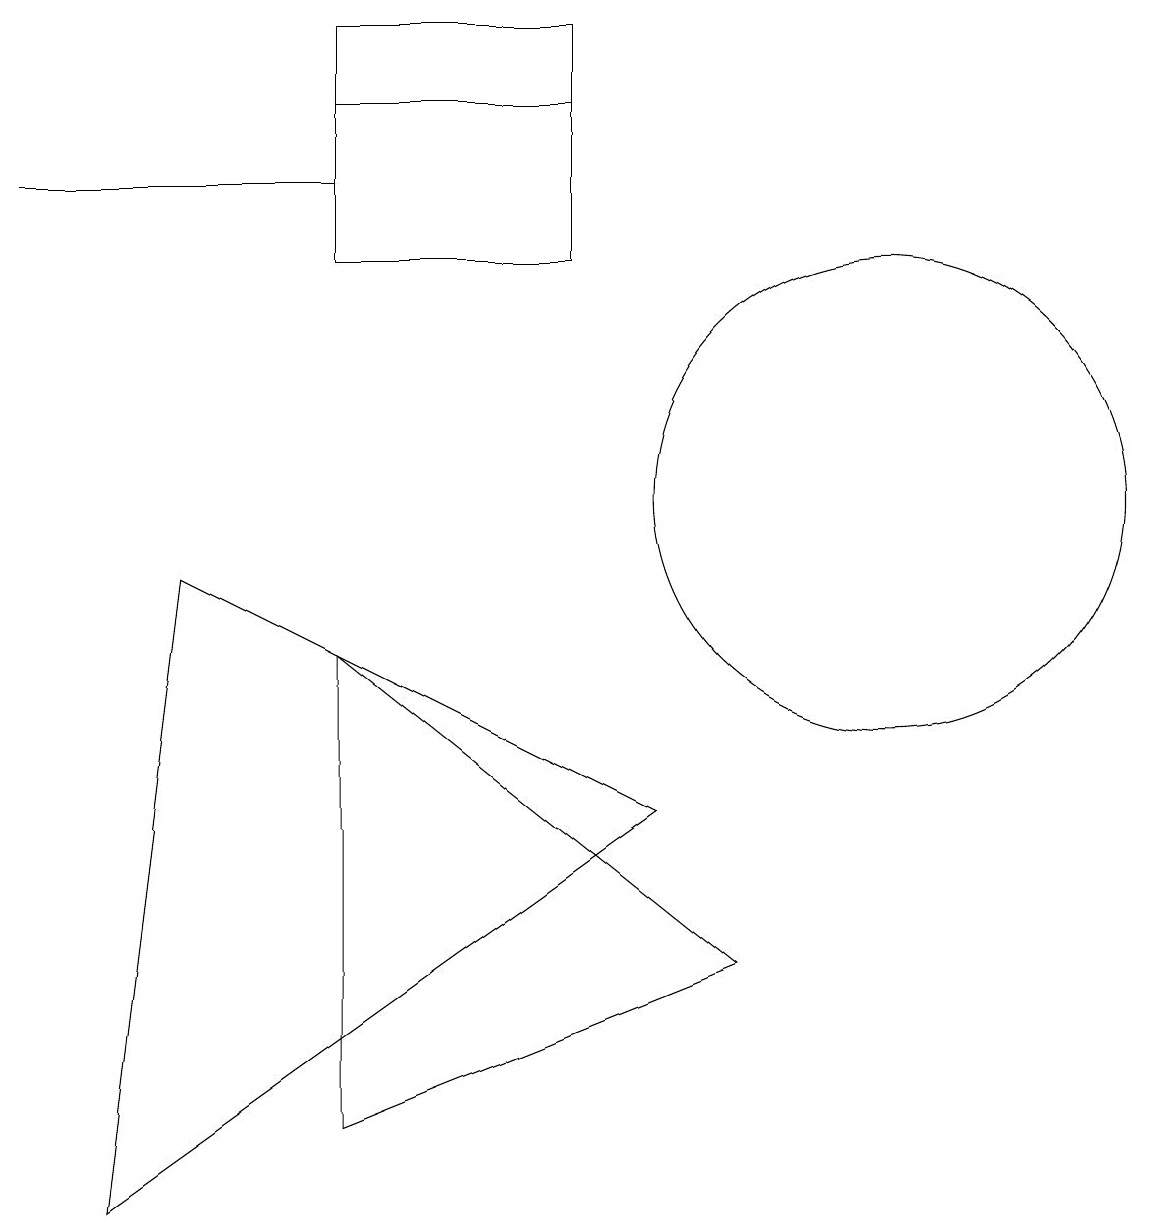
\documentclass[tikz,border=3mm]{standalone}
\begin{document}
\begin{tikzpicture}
\draw (8,6) -- (1,1) -- (2,9) -- cycle;
\draw (0,14) rectangle (4,14);
\draw (7,13) rectangle (4,15);
\draw (9,4) -- (4,8) -- (4,2) -- cycle;
\draw (7,13) rectangle (4,16);
\draw (11,10) circle (3);
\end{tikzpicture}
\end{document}